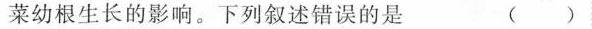
菜幼根生长的影响。下列叙述错误的是 ()